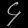
Digit: ၄